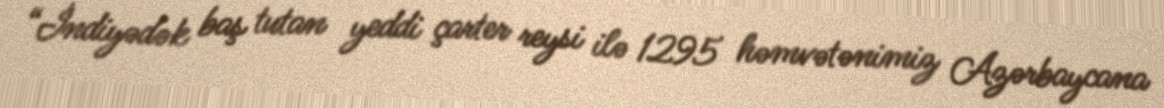
“İndiyədək baş tutan yeddi çarter reysi ilə 1295 həmvətənimiz Azərbaycana